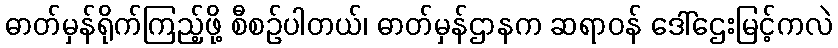
ဓာတ်မှန်ရိုက်ကြည့်ဖို့ စီစဉ်ပါတယ်၊ ဓာတ်မှန်ဌာနက ဆရာဝန် ဒေါ်ဌေးမြင့်ကလဲ